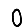
Digit: 0